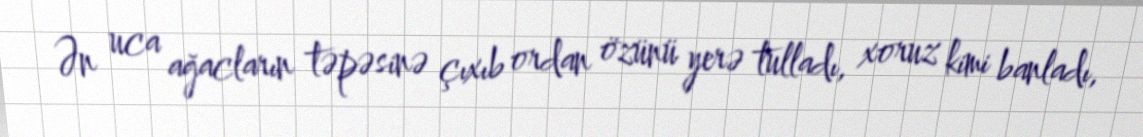
Ən uca ağacların təpəsinə çıxıb ordan özünü yerə tulladı, xoruz kimi banladı,